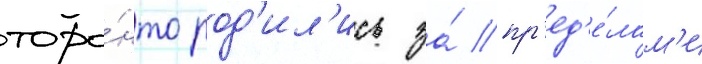
торо́нто род'ил'ись за́ пр'ед'е́лам'и